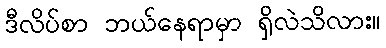
ဒီလိပ်စာ ဘယ်နေရာမှာ ရှိလဲသိလား။